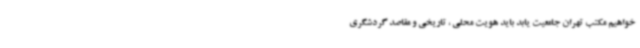
خواهیم مکتب تهران جامعیت یابد باید هویت محلی ، تاریخی و مقاصد گردشگری